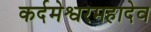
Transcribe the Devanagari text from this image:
कर्दमेश्वरमहादेव